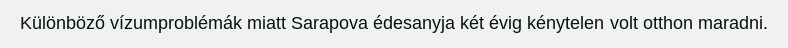
Különböző vízumproblémák miatt Sarapova édesanyja két évig kénytelen volt otthon maradni.